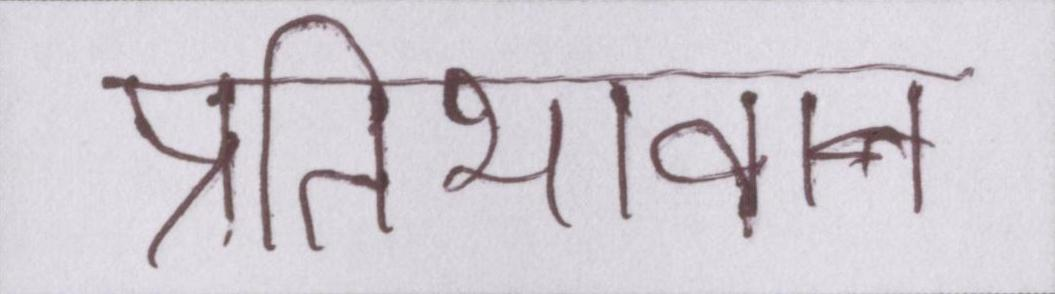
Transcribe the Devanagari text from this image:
प्रतिभावान